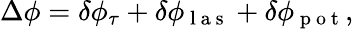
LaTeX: \Delta\phi=\delta\phi_{\tau}+\delta\phi_{\mathrm{~l~a~s~}}+\delta\phi_{\mathrm{~p~o~t~}},